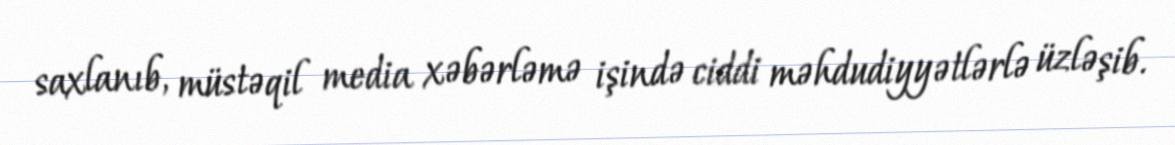
saxlanıb, müstəqil media xəbərləmə işində ciddi məhdudiyyətlərlə üzləşib.